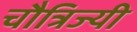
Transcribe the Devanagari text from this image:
चौत्रिज्यी